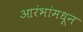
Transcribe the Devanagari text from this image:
आरंभांमधून